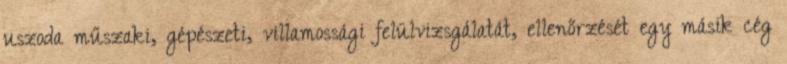
uszoda műszaki, gépészeti, villamossági felülvizsgálatát, ellenőrzését egy másik cég